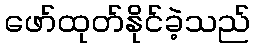
ဖော်ထုတ်နိုင်ခဲ့သည်